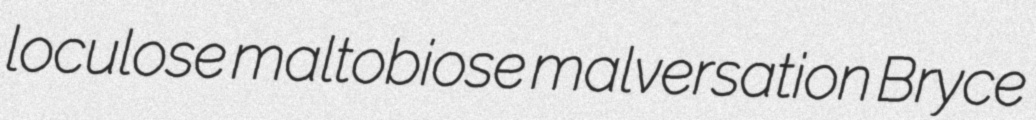
loculose maltobiose malversation Bryce